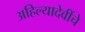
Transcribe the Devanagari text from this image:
अहिल्यादेवींचे